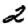
Digit: 2